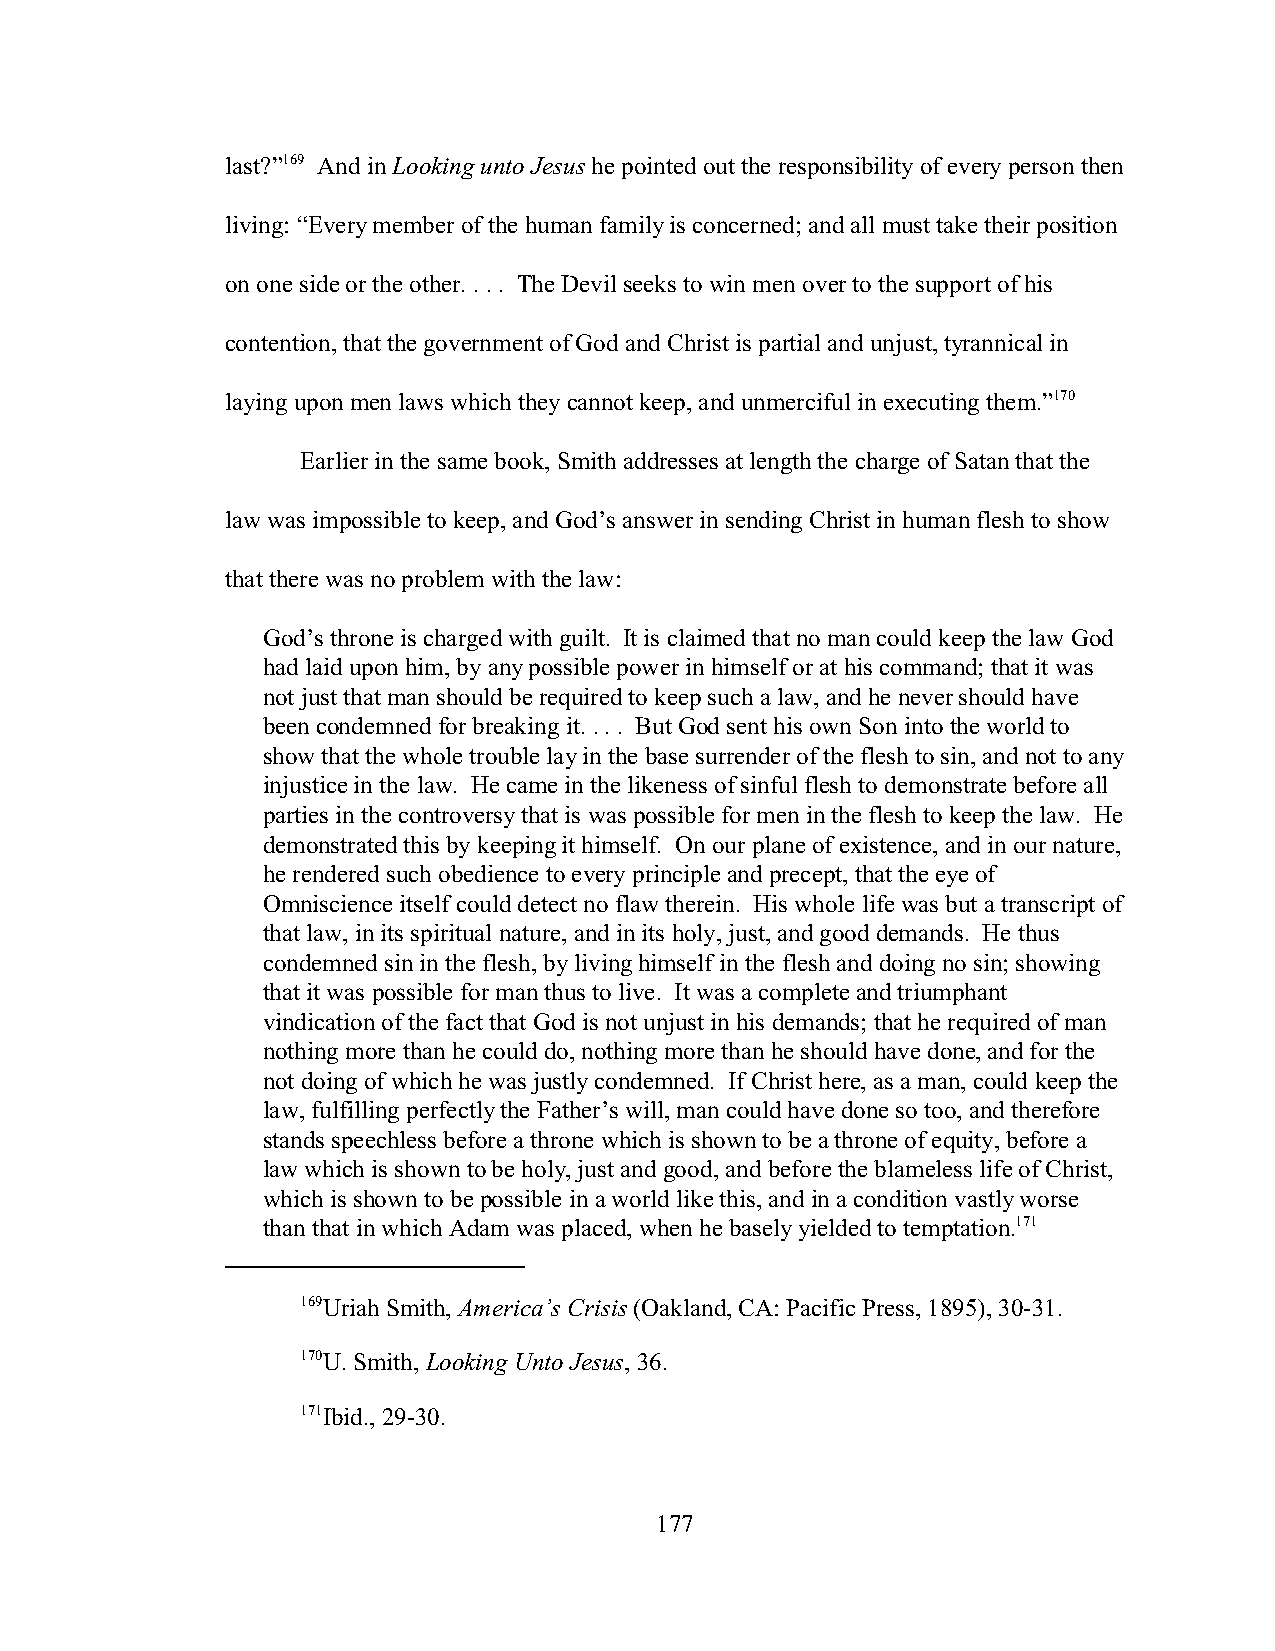
last?”169 And in Looking unto Jesus he pointed out the responsibility of every person then
 living: “Every member of the human family is concerned; and all must take their position
 on one side or the other. . . . The Devil seeks to win men over to the support of his
 contention, that the government of God and Christ is partial and unjust, tyrannical in
 laying upon men laws which they cannot keep, and unmerciful in executing them.”170
 Earlier in the same book, Smith addresses at length the charge of Satan that the
 law was impossible to keep, and God’s answer in sending Christ in human flesh to show
 that there was no problem with the law:
 God’s throne is charged with guilt. It is claimed that no man could keep the law God
 had laid upon him, by any possible power in himself or at his command; that it was
 not just that man should be required to keep such a law, and he never should have
 been condemned for breaking it. . . . But God sent his own Son into the world to
 show that the whole trouble lay in the base surrender of the flesh to sin, and not to any
 injustice in the law. He came in the likeness of sinful flesh to demonstrate before all
 parties in the controversy that is was possible for men in the flesh to keep the law. He
 demonstrated this by keeping it himself. On our plane of existence, and in our nature,
 he rendered such obedience to every principle and precept, that the eye of
 Omniscience itself could detect no flaw therein. His whole life was but a transcript of
 that law, in its spiritual nature, and in its holy, just, and good demands. He thus
 condemned sin in the flesh, by living himself in the flesh and doing no sin; showing
 that it was possible for man thus to live. It was a complete and triumphant
 vindication of the fact that God is not unjust in his demands; that he required of man
 nothing more than he could do, nothing more than he should have done, and for the
 not doing of which he was justly condemned. If Christ here, as a man, could keep the
 law, fulfilling perfectly the Father’s will, man could have done so too, and therefore
 stands speechless before a throne which is shown to be a throne of equity, before a
 law which is shown to be holy, just and good, and before the blameless life of Christ,
 which is shown to be possible in a world like this, and in a condition vastly worse
 than that in which Adam was placed, when he basely yielded to temptation.171
 169Uriah Smith, America’s Crisis (Oakland, CA: Pacific Press, 1895), 30-31.
 170U. Smith, Looking Unto Jesus, 36.
 171Ibid., 29-30.
 177